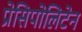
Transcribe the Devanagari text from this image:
प्रेसिपोलिटेन